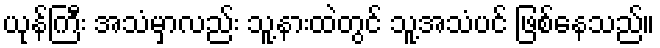
ယုန်ကြီး အသံမှာလည်း သူ့နားထဲတွင် သူ့အသံပင် ဖြစ်နေသည်။